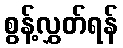
စွန့်လွှတ်ရန်